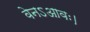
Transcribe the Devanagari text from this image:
वेनऽआवः।